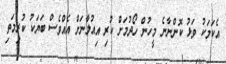
އެކަމަކު ވަޅު ކޮންނާނެ މީހުން ހޯދުމަށް ކުރި އިއުލާނަށް އެއްވެސް ބަޔަކު ކުރިމަތި